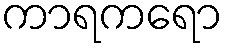
ကာရကရော